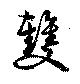
雙